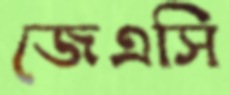
জেএসি